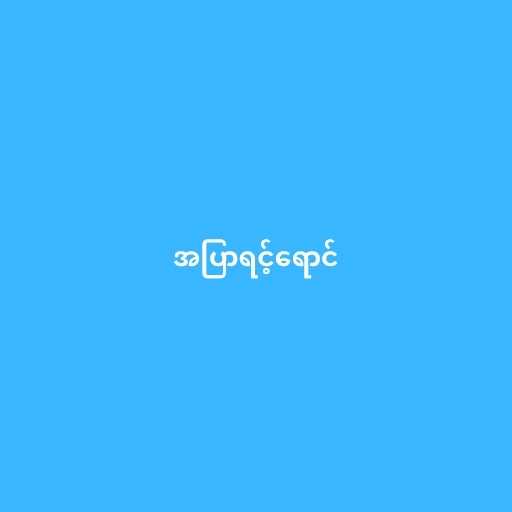
အပြာရင့်ရောင်